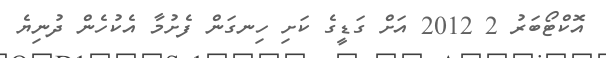
އޮކްޓޯބަރު 2 2012 އަށް ގަޑީގެ ކަށި ހިނގަން ފެށުމާ އެކުހެން ދުނިޔެ